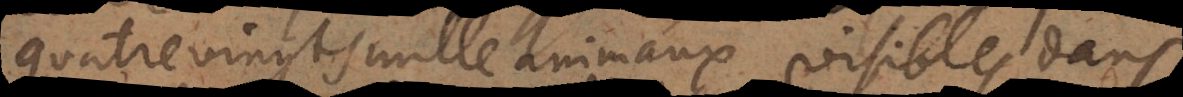
quatre vingt mille animaux visibles dans